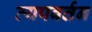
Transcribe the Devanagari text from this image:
व्यपवर्तन